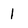
Character: 1